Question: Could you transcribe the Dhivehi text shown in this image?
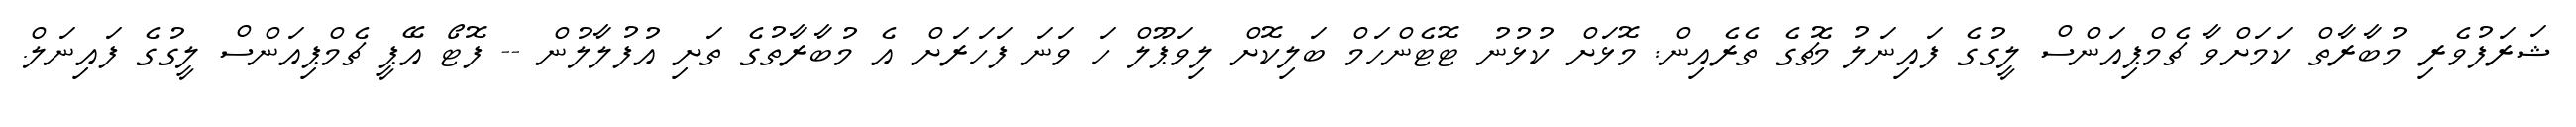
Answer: ޝަރަފުވެރި މުބާރާތް ކަމަށްވާ ޗެމްޕިއަންސް ލީގުގެ ފައިނަލު މެޗުގެ ތެރެއިން: މޮޅަށް ކުޅުނު ޓޮޓެންހަމް ބަލިކޮށް ލިވަޕޫލް ހަ ވަނަ ފަހަރަށް އެ މުބާރާތުގެ ތަށި އުފުލާލުން -- ފޮޓޯ އޭޕީ ޗެމްޕިއަންސް ލީގުގެ ފައިނަލް.